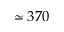
\simeq 3 7 0